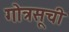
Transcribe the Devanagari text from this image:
गोत्रसूची